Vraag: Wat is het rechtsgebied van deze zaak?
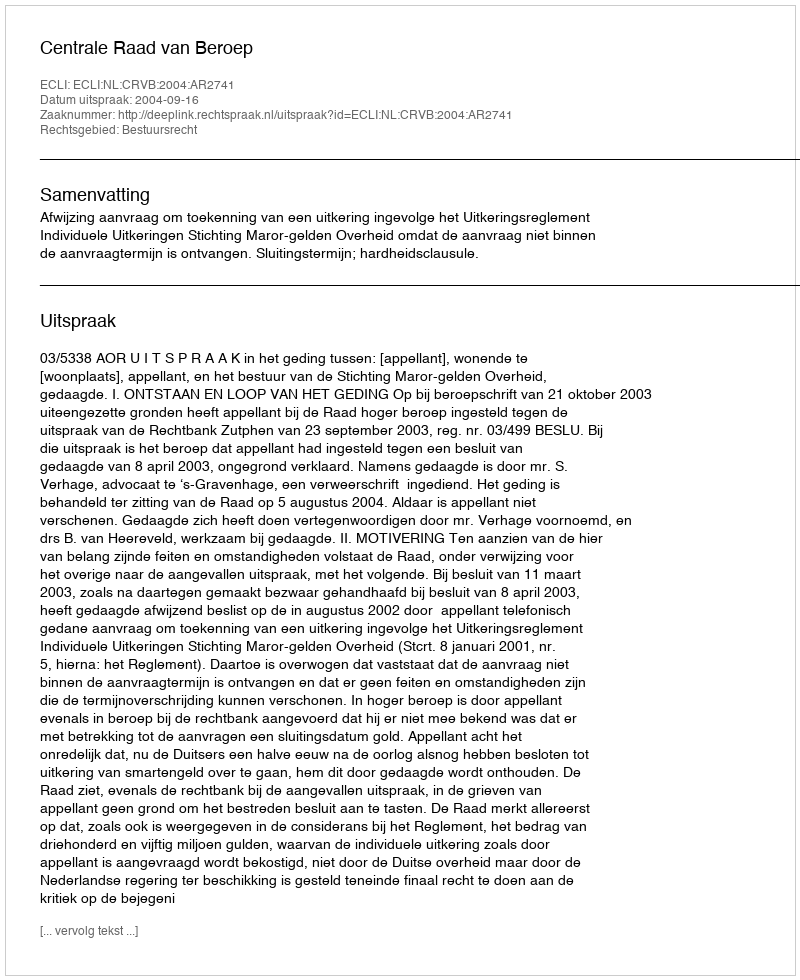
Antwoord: Bestuursrecht